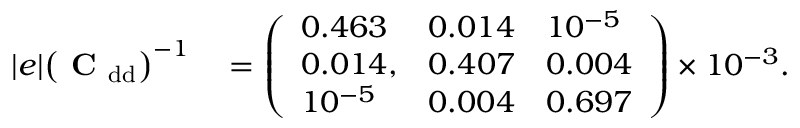
\begin{array} { r l } { | e | \big ( \mathrm { \textbf { C } } _ { \mathrm { d d } } \big ) ^ { - 1 } } & { { } = \left( \begin{array} { l l l } { 0 . 4 6 3 } & { 0 . 0 1 4 } & { 1 0 ^ { - 5 } } \\ { 0 . 0 1 4 , } & { 0 . 4 0 7 } & { 0 . 0 0 4 } \\ { 1 0 ^ { - 5 } } & { 0 . 0 0 4 } & { 0 . 6 9 7 } \end{array} \right) \times 1 0 ^ { - 3 } . } \end{array}